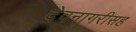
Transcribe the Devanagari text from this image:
देवनागरीसह